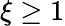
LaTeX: \xi\geq 1